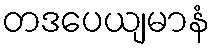
တဒပေယျမာနံ